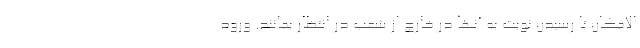
الامکان تا رسیدن نوبت به آنها در خارج از شعب در انتظار بمانند. ورود